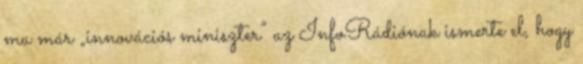
ma már „innovációs miniszter” az InfoRádiónak ismerte el, hogy